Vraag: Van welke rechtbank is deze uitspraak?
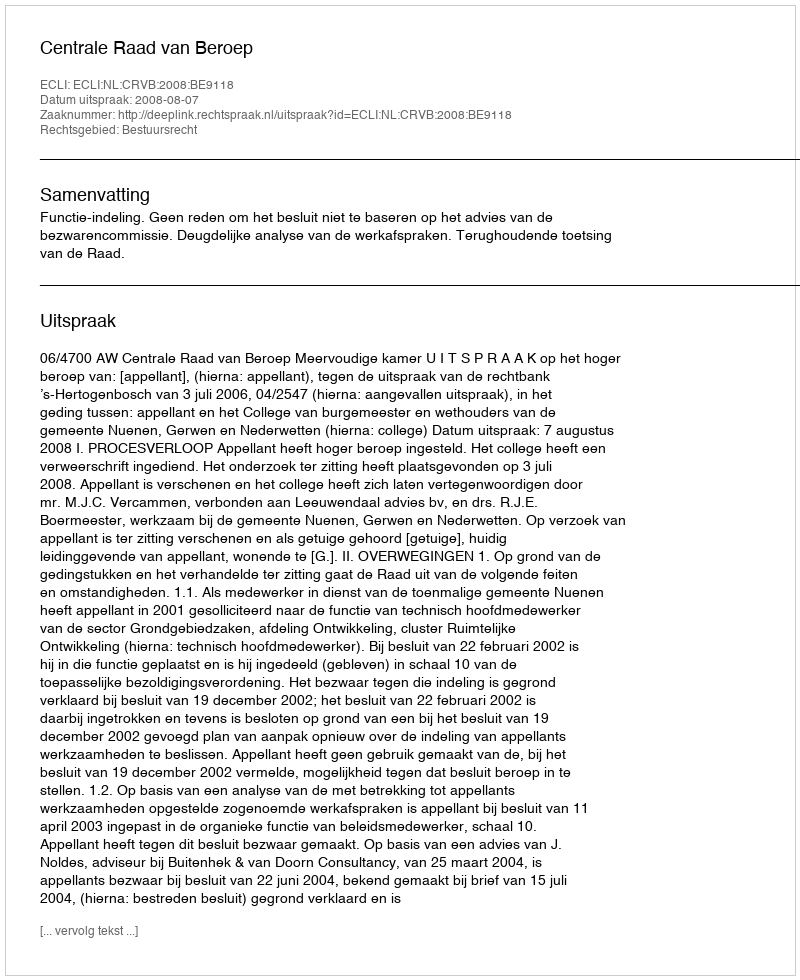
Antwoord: Centrale Raad van Beroep